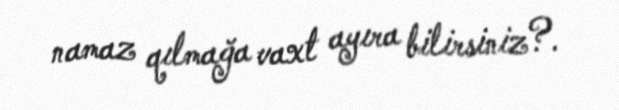
namaz qılmağa vaxt ayıra bilirsiniz?.